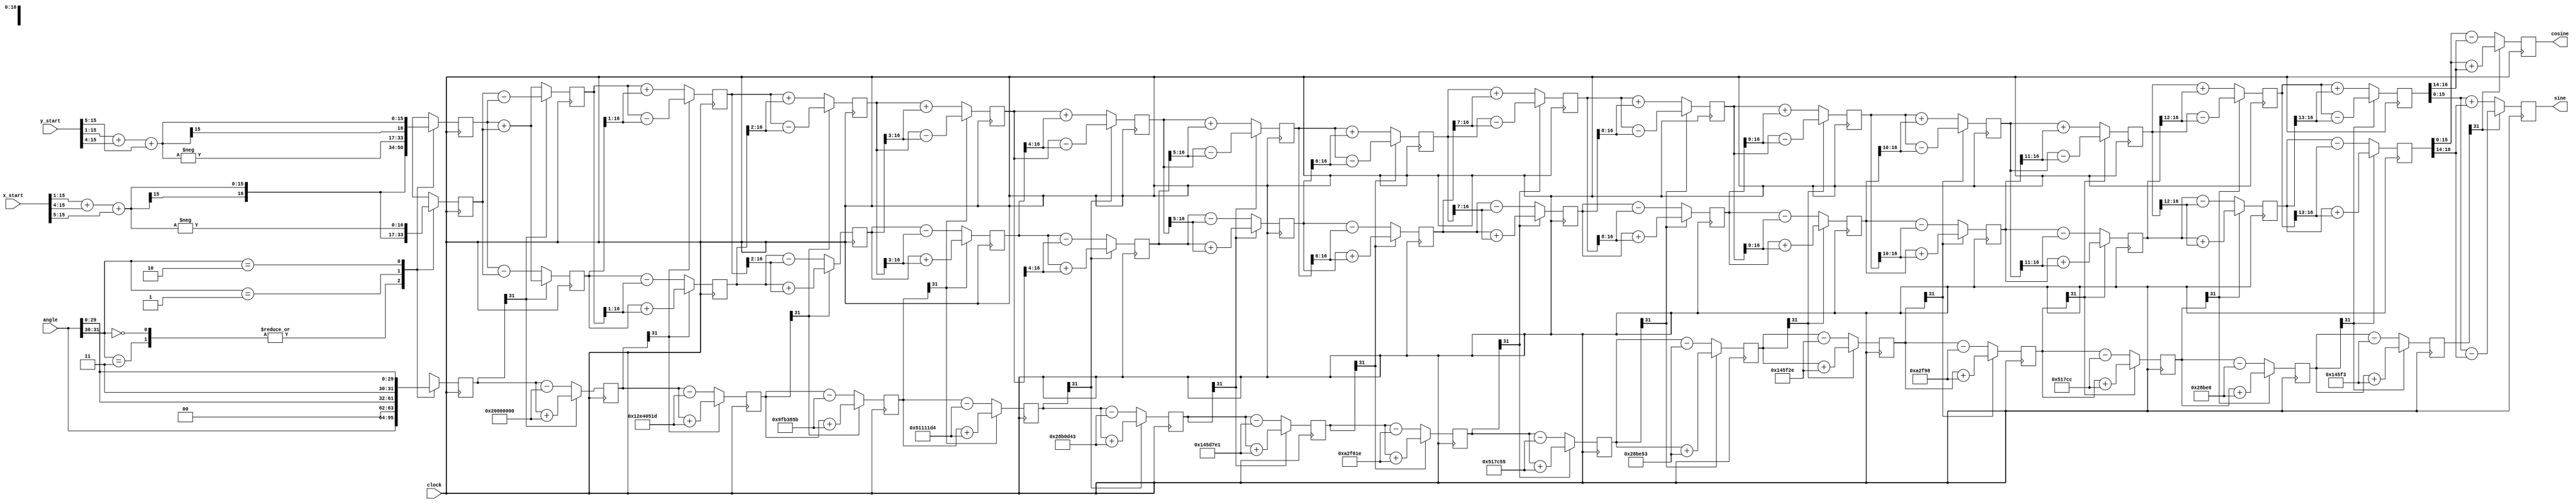
`timescale 1ns / 1ps
//COordinate Rotation Digital Computer
//Hardware method to calculate sine and cosine of an angle using rotation principle

module CORDIC_main(clock, cosine, sine, x_start, y_start, angle);
  // no. of iterations
  parameter width = 16;

  // Inputs
  input clock;
  input signed [width-1:0] x_start,y_start; 
  input signed [31:0] angle;
  // Input coordinates as well as angle are signed(can take +ve/-ve values)

  // Outputs
  output signed  [width-1:0] sine, cosine;

  // Generate table of atan values
  // Array of arctan values are defined below
  // The index of atan_table represents the iteration no.
  // The tan angles are chosen such that the tangent of these angles are in powers of 1/2
  // 1/2 is chosen because multiplication of a binary no. by a power of 1/2 is equivalent to right-shifting the 32-bit binary no. 
  wire signed [31:0] atan_table [0:30];
                          
  assign atan_table[00] = 'b00100000000000000000000000000000; // 45.000 degrees -> atan(2^0)
  assign atan_table[01] = 'b00010010111001000000010100011101; // 26.565 degrees -> atan(2^-1)
  assign atan_table[02] = 'b00001001111110110011100001011011; // 14.036 degrees -> atan(2^-2)
  assign atan_table[03] = 'b00000101000100010001000111010100; // atan(2^-3)
  assign atan_table[04] = 'b00000010100010110000110101000011;
  assign atan_table[05] = 'b00000001010001011101011111100001;
  assign atan_table[06] = 'b00000000101000101111011000011110;
  assign atan_table[07] = 'b00000000010100010111110001010101;
  assign atan_table[08] = 'b00000000001010001011111001010011;
  assign atan_table[09] = 'b00000000000101000101111100101110;
  assign atan_table[10] = 'b00000000000010100010111110011000;
  assign atan_table[11] = 'b00000000000001010001011111001100;
  assign atan_table[12] = 'b00000000000000101000101111100110;
  assign atan_table[13] = 'b00000000000000010100010111110011;
  assign atan_table[14] = 'b00000000000000001010001011111001;
  assign atan_table[15] = 'b00000000000000000101000101111100;
  assign atan_table[16] = 'b00000000000000000010100010111110;
  assign atan_table[17] = 'b00000000000000000001010001011111;
  assign atan_table[18] = 'b00000000000000000000101000101111;
  assign atan_table[19] = 'b00000000000000000000010100010111;
  assign atan_table[20] = 'b00000000000000000000001010001011;
  assign atan_table[21] = 'b00000000000000000000000101000101;
  assign atan_table[22] = 'b00000000000000000000000010100010;
  assign atan_table[23] = 'b00000000000000000000000001010001;
  assign atan_table[24] = 'b00000000000000000000000000101000;
  assign atan_table[25] = 'b00000000000000000000000000010100;
  assign atan_table[26] = 'b00000000000000000000000000001010;
  assign atan_table[27] = 'b00000000000000000000000000000101;
  assign atan_table[28] = 'b00000000000000000000000000000010;
  assign atan_table[29] = 'b00000000000000000000000000000001;
  assign atan_table[30] = 'b00000000000000000000000000000000;

  // define arrays that store the values of the x,y coordinates at the end of each iteration
  // define arrays that store the values of the angle z at the end of each iteration
  reg signed [width:0] x [0:width-1];
  reg signed [width:0] y [0:width-1];
  reg signed    [31:0] z [0:width-1];
  
  reg signed [15:0] xcomp_start,ycomp_start;


  // make sure given angle is in -pi/2 to pi/2 range(I, IV quadrant)
  // This is because the arctan table is chosen such that it includes angles equal to and less than 45 degrees
  wire [1:0] quadrant;
  assign quadrant = angle[31:30]; // First two bits of the angle determines the quadrant

  always @(posedge clock) begin
     // the following shift is done to divide the value by CORDIC GAIN
     // here, CORDIC gain is equal to 0.607, which is roughly attained by adding the resultant of right shifthing the value by 1, 4 and 5
     xcomp_start = (x_start>>>1)+(x_start>>>4)+(x_start>>>5);
     ycomp_start = (y_start>>>1)+(y_start>>>4)+(y_start>>>5);
  
    // make sure the rotation angle is in the -pi/2 to pi/2 range
    case(quadrant)
      2'b00,
      2'b11: // no changes needed for these quadrants
      begin
        x[0] <= xcomp_start;
        y[0] <= ycomp_start;
        z[0] <= angle;
      end
      
      2'b01:
      begin
      // subtraction of pi/2 into the angle changes the {sin, cos} value to {-cos, sin}
      // therefore the coordinates are interchanged accordingly
        x[0] <= -ycomp_start;
        y[0] <= xcomp_start;
        z[0] <= {2'b00,angle[29:0]}; // subtract pi/2 for angle in this quadrant
      end

      // addition of pi/2 into the angle changes the {sin, cos} value to {cos, -sin}
      // therefore the coordinates are interchanged accordingly
      2'b10:
      begin
        x[0] <= ycomp_start;
        y[0] <= -xcomp_start;
        z[0] <= {2'b11,angle[29:0]}; // add pi/2 to angles in this quadrant
      end
    endcase
  end


  // run through iterations
  // use generate as we are using both, continuous as well as procedural assignments
  genvar i;

  generate
  for (i=0; i < (width-1); i=i+1)
  begin: xyz
    wire z_sign;
    wire signed [width:0] x_shr, y_shr;

    // '>>>'/'<<<' is used to shift 'signed' bits
    assign x_shr = x[i] >>> i; // signed shift right
    assign y_shr = y[i] >>> i; // signed shift right

    //the sign of the current rotation angle
    // the signed bit would be the most significant bit of the angle
    assign z_sign = z[i][31];

    always @(posedge clock)
    begin
    // 1/2 is chosen because multiplication of a binary no. by a power of 1/2 is equivalent to right-shifting the 32-bit binary no. 
      // add/subtract shifted data
      // the following equations are derived from the matrix equation corresponding to the rotation operation
      // direction of the angle determines the opertation to be implemented on the current coordinates
      
    //The actual process involves multiplication in terms of shifting with tangent of the angles whose arc tan values are in the power of 1/2
      x[i+1] <= z_sign ? x[i] + y_shr : x[i] - y_shr;
      y[i+1] <= z_sign ? y[i] - x_shr : y[i] + x_shr;
      // if after a particular iteration we find the angle to be in the IV quadrant, 
      // then our algorithm should assign a rotation in the anti-clockwise direction in 
      // the next iteration considering that the given angle is in the I quadrant
      z[i+1] <= z_sign ? z[i] + atan_table[i] : z[i] - atan_table[i];
    end
  end
  endgenerate

  // assign output
  // the given coordinates corresponds to the rotated angle after 'width' iterations
  assign cosine = x[width-1];
  assign sine = y[width-1];

endmodule